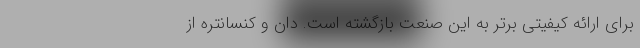
برای ارائه کیفیتی برتر به این صنعت بازگشته است. دان و کنسانتره از